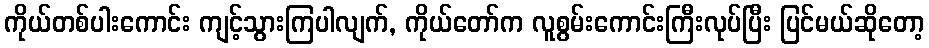
ကိုယ်တစ်ပါးကောင်း ကျင့်သွားကြပါလျက်, ကိုယ်တော်က လူစွမ်းကောင်းကြီးလုပ်ပြီး ပြင်မယ်ဆိုတော့